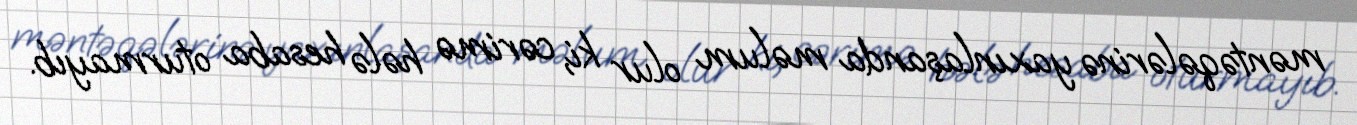
məntəqələrinə yaxınlaşanda məlum olur ki, cərimə hələ hesaba oturmayıb.